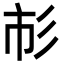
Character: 𢒌